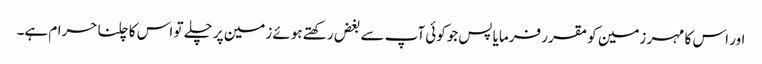
اور اس کا مہر زمین کو مقرر فرمایا پس جوکوئی آپ سے بغض رکھتے ہوئے زمین پر چلے تو اس کا چلنا حرام ہے۔